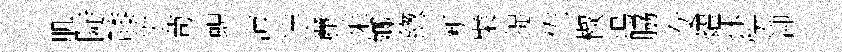
肌陡膝迸茍蜆沛连䴡茱嫏緫断檗捉佐椒塢脇女燿抹恍泖